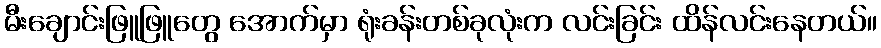
မီးချောင်းဖြူဖြူတွေ အောက်မှာ ရုံးခန်းတစ်ခုလုံးက လင်းခြင်း ထိန်လင်းနေတယ်။